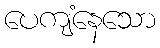
ပေကျံနေသော